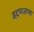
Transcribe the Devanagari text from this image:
इंद्रध्वजाच्या